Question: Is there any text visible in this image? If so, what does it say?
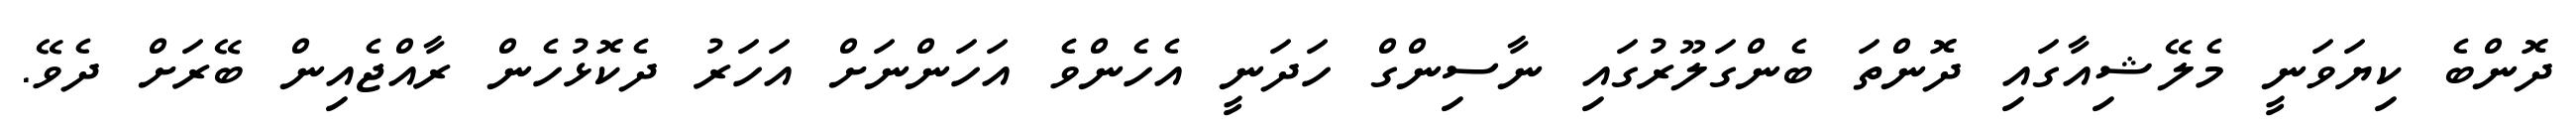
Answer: ދޮންބެ ކިޔަވަނީ މެލޭޝިއާގައި ދޮންތަ ބެންގަލޫރުގައި ނާސިންގް ހަދަނީ އެހެންވެ އަހަންނަށް އަހަރު ދެކޮޅުހެން ރާއްޖެއިން ބޭރަށް ދެވޭ.